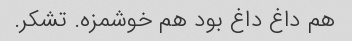
هم داغ داغ بود هم خوشمزه. تشکر.